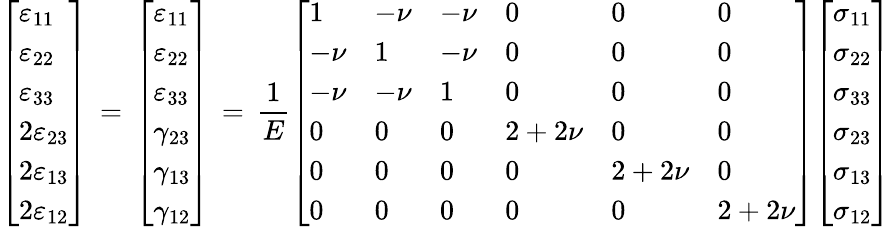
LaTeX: {\left[\begin{array}{l}{\varepsilon_{11}}\\ {\varepsilon_{22}}\\ {\varepsilon_{33}}\\ {2\varepsilon_{23}}\\ {2\varepsilon_{13}}\\ {2\varepsilon_{12}}\end{array}\right]}\, =\, {\left[\begin{array}{l}{\varepsilon_{11}}\\ {\varepsilon_{22}}\\ {\varepsilon_{33}}\\ {\gamma_{23}}\\ {\gamma_{13}}\\ {\gamma_{12}}\end{array}\right]}\, =\, {\frac{1}{E}}{\left[\begin{array}{llllll}{1}&{-\nu}&{-\nu}&{0}&{0}&{0}\\ {-\nu}&{1}&{-\nu}&{0}&{0}&{0}\\ {-\nu}&{-\nu}&{1}&{0}&{0}&{0}\\ {0}&{0}&{0}&{2+2\nu}&{0}&{0}\\ {0}&{0}&{0}&{0}&{2+2\nu}&{0}\\ {0}&{0}&{0}&{0}&{0}&{2+2\nu}\end{array}\right]}{\left[\begin{array}{l}{\sigma_{11}}\\ {\sigma_{22}}\\ {\sigma_{33}}\\ {\sigma_{23}}\\ {\sigma_{13}}\\ {\sigma_{12}}\end{array}\right]}